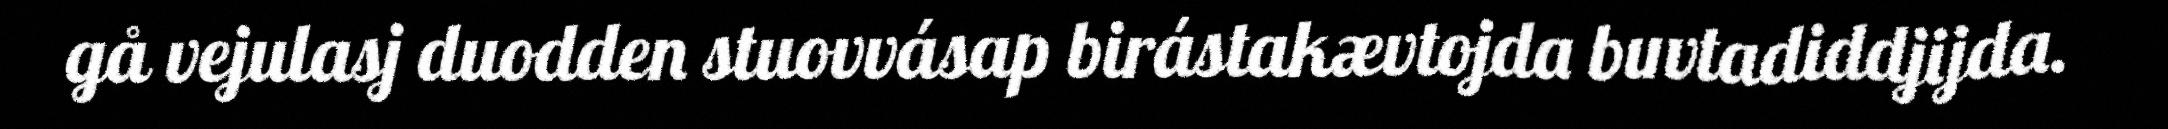
gå vejulasj duodden stuovvásap birástakævtojda buvtadiddjijda.